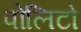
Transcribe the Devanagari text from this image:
पोलिटो